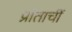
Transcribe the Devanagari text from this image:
प्रांताचीं